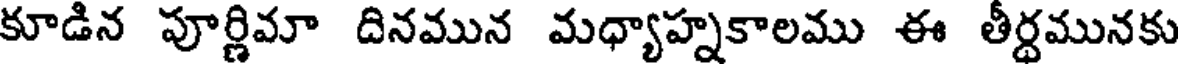
కూడిన పూర్ణిమా దినమున మధ్యాహ్నకాలము ఈ తీర్ధమునకు